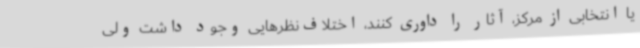
یا انتخابی از مرکز، آثار را داوری کنند، اختلاف‌نظرهایی وجود داشت ولی